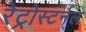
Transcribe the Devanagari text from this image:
रेट्रोस्टर्नल